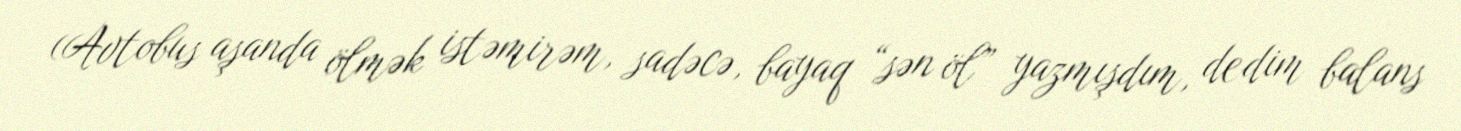
(Avtobus aşanda ölmək istəmirəm, sadəcə, bayaq “sən öl” yazmışdım, dedim balans